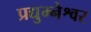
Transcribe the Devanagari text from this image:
प्रद्युम्नेश्वर